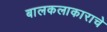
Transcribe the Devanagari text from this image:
बालकलाकाराचे